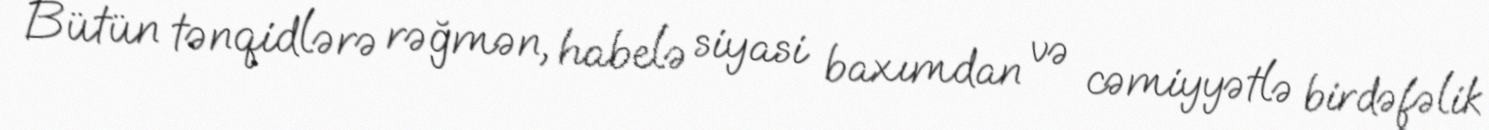
Bütün tənqidlərə rəğmən, habelə siyasi baxımdan və cəmiyyətlə birdəfəlik